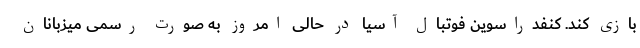
بازی کند. کنفدراسوین فوتبال آسیا در حالی امروز به صورت رسمی میزبانان